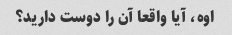
اوه، آیا واقعا آن را دوست دارید؟